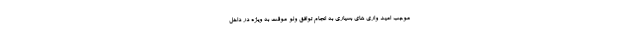
موجب امید واری های بسیاری به انجام توافق ولو موقت به ویژه در داخل